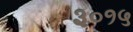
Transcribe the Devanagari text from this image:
३०१५